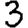
Digit: 3